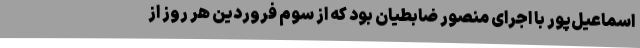
اسماعیل‌پور با اجرای منصور ضابطیان بود که از سوم فروردین هر روز از